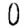
Digit: 0